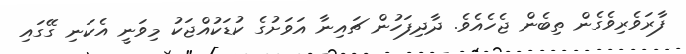
ފާރަވެރިވެގެން ތިބެން ޖެހެއެވެ. ދާދިފަހުން ޗައިނާ އަވަށުގެ ކުޑަކުއްޖަކު މިވަނީ އެކަނި ގޭގައި